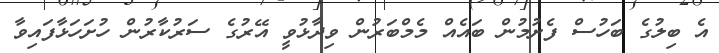
އެ ބިލުގެ ބަހުސް ފެށުމުން ބައެއް މެމްބަރުން ވިދާޅުވީ އޭރުގެ ސަރުކާރުން ހުށަހަޅާފައިވާ